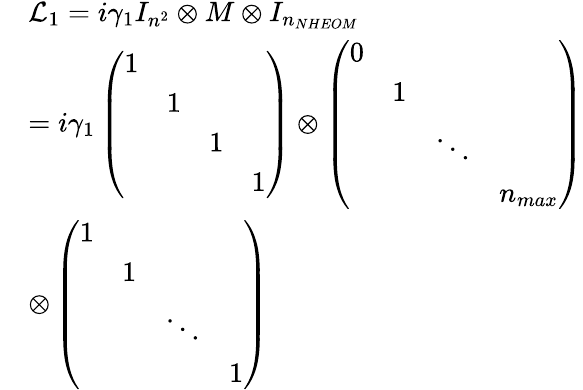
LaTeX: \begin{array}{rl}&{{\mathcal{L}_{1}}=i{{\gamma}_{1}}{{I}_{{{n}^{2}}}}\otimes M\otimes{{I}_{{{n}_{NHEOM}}}}}\\ &{=i{{\gamma}_{1}}\left(\begin{array}{llll}{1}&{}&{}&{}\\ {}&{1}&{}&{}\\ {}&{}&{1}&{}\\ {}&{}&{}&{1}\end{array}\right)\otimes\left(\begin{array}{llll}{0}&{}&{}&{}\\ {}&{1}&{}&{}\\ {}&{}&{\ddots}&{}\\ {}&{}&{}&{{{n}_{max}}}\end{array}\right)}\\ &{\otimes\left(\begin{array}{llll}{1}&{}&{}&{}\\ {}&{1}&{}&{}\\ {}&{}&{\ddots}&{}\\ {}&{}&{}&{1}\end{array}\right)}\end{array}